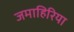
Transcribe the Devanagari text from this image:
जमाहिरिया